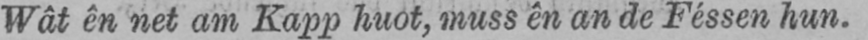
Wât ên net am Kapp huot, muss ên an de Féssen hun.